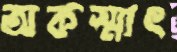
অকস্মাৎ